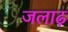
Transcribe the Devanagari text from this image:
जलाढ़